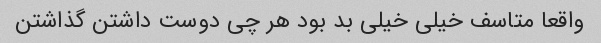
واقعا متاسف خیلی خیلی بد بود هر چی دوست داشتن گذاشتن